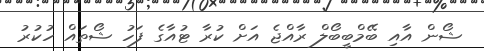
ޝޯން އާއި ބޭމްބީބޯލް ރާއްޖެ އަށް ކުރާ ޓުއާގެ ފަހު ޝޯތައް ހުކުރު